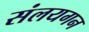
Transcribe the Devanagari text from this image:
संलयगन